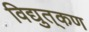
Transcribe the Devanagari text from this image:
विद्युत्‌कण